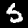
Digit: 5